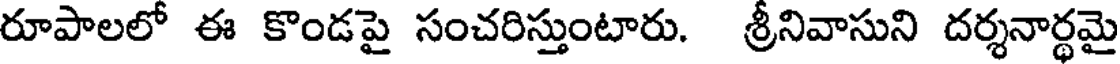
రూపాలలో ఈ కొండపై సంచరిస్తుంటారు. శ్రీనివాసుని దర్శనార్థమై